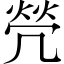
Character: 焭